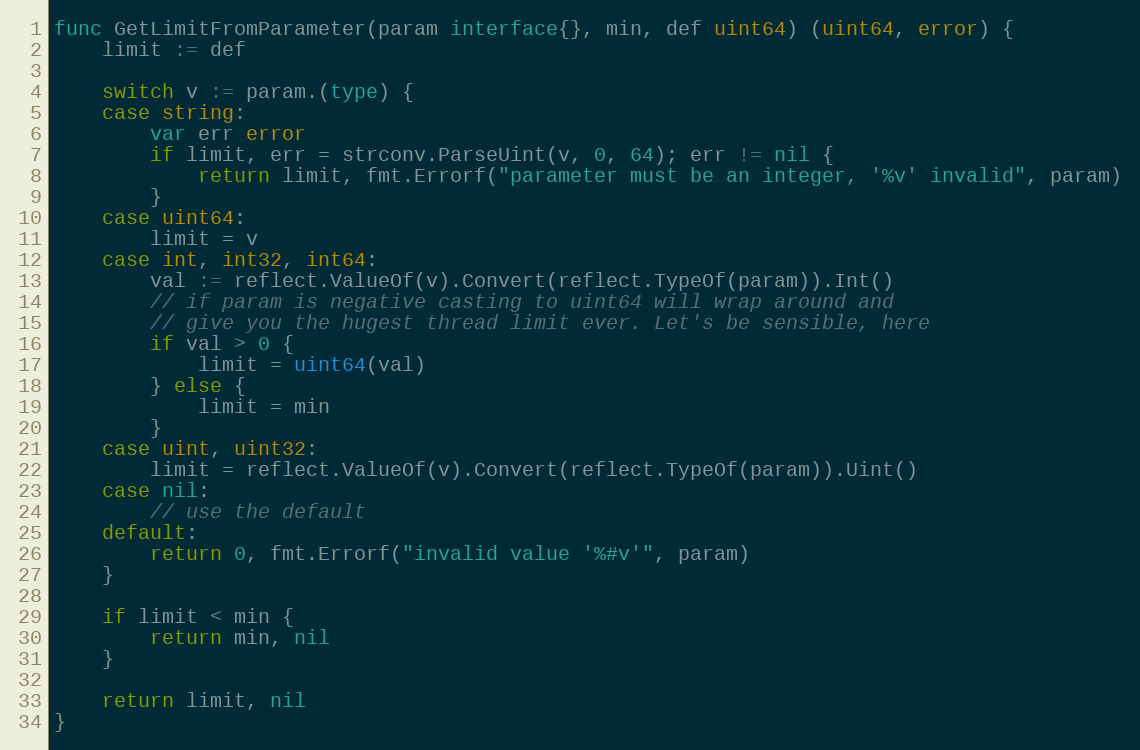
Language: Go
func GetLimitFromParameter(param interface{}, min, def uint64) (uint64, error) {
	limit := def

	switch v := param.(type) {
	case string:
		var err error
		if limit, err = strconv.ParseUint(v, 0, 64); err != nil {
			return limit, fmt.Errorf("parameter must be an integer, '%v' invalid", param)
		}
	case uint64:
		limit = v
	case int, int32, int64:
		val := reflect.ValueOf(v).Convert(reflect.TypeOf(param)).Int()
		// if param is negative casting to uint64 will wrap around and
		// give you the hugest thread limit ever. Let's be sensible, here
		if val > 0 {
			limit = uint64(val)
		} else {
			limit = min
		}
	case uint, uint32:
		limit = reflect.ValueOf(v).Convert(reflect.TypeOf(param)).Uint()
	case nil:
		// use the default
	default:
		return 0, fmt.Errorf("invalid value '%#v'", param)
	}

	if limit < min {
		return min, nil
	}

	return limit, nil
}